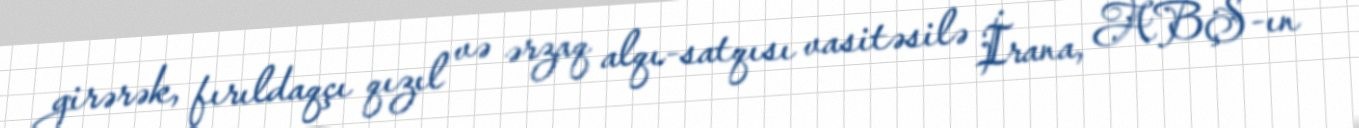
girərək, fırıldaqçı qızıl və ərzaq alqı-satqısı vasitəsilə İrana, ABŞ-ın